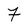
Character: 7